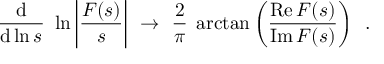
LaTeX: \frac { \mathrm { d } } { \mathrm { d } \ln s } \, \, \ln \left| \frac { F ( s ) } { s } \right| \, \, \rightarrow \, \, \frac { 2 } { \pi } \; \arctan \left( \frac { \mathrm { R e } \, F ( s ) } { \mathrm { I m } \, F ( s ) } \right) \, \, \, .